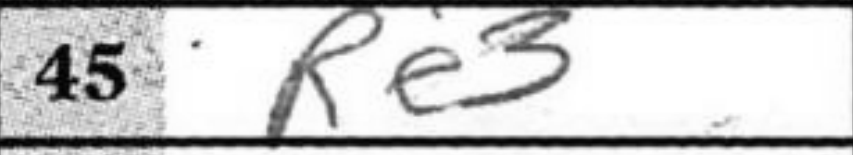
Transcription: Re3